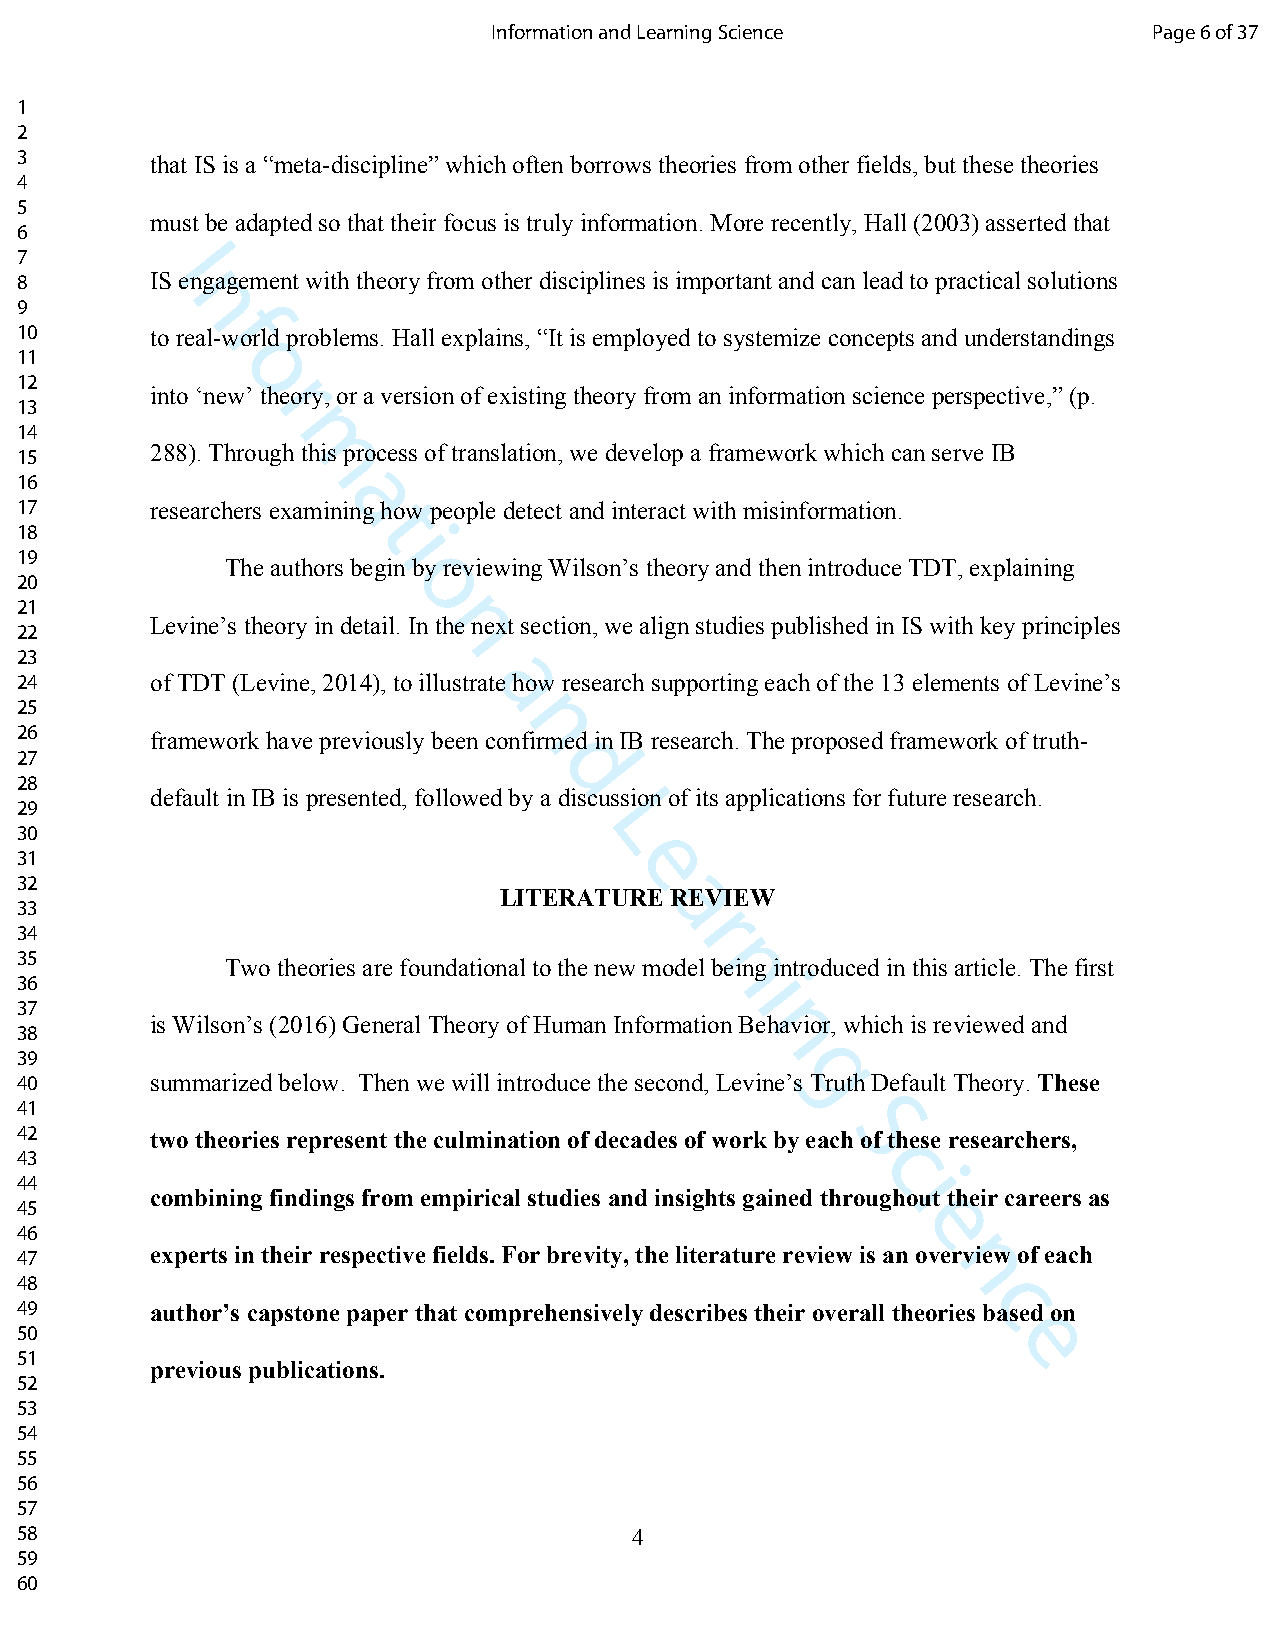
Information and Learning Science           Page 6 of 37
 1
 2
 3        that IS is a “meta-discipline” which often borrows theories from other fields, but these theories
 4
 5
 must be adapted so that their focus is truly information. More recently, Hall (2003) asserted that
 6
 7        I
 8        IS engagement with theory from other disciplines is important and can lead to practical solutions
 n
 9
 f
 10       to real-world problems. Hall explains, “It is employed to systemize concepts and understandings
 11
 o
 12
 into ‘new’ rtheory, or a version of existing theory from an information science perspective,” (p.
 13
 14
 15
 288). Througmh this process of translation, we develop a framework which can serve IB
 16
 a
 17       researchers examining how people detect and interact with misinformation.
 t
 18                      i
 19
 The authors begin by reviewing Wilson’s theory and then introduce TDT, explaining
 20                       o
 21
 Levine’s theory in detail. Inn the next section, we align studies published in IS with key principles
 22
 23
 24       of TDT (Levine, 2014), to illustraate how research supporting each of the 13 elements of Levine’s
 25
 n
 26       framework have previously been confirmed in IB research. The proposed framework of truth-
 27
 d
 28
 default in IB is presented, followed by a discussion of its applications for future research.
 29
 L
 30
 31                                      e
 32
 LITERATUREa REVIEW
 33
 r
 34
 35
 Two theories are foundational to the new modeln being introduced in this article. The first
 36                                              i
 37
 38
 is Wilson’s (2016) General Theory of Human Information Bnehavior, which is reviewed and
 39
 g
 40       summarized below. Then we will introduce the second, Levine’s T ruth Default Theory. These
 41
 42       two theories represent the culmination of decades of work by eacS h of these researchers,
 43                                                      c
 44                                                        i
 combining findings from empirical studies and insights gained throughout their careers as
 45
 e
 46
 47       experts in their respective fields. For brevity, the literature review is an ov nerview of each
 48
 c
 49       author’s capstone paper that comprehensively describes their overall theories based on
 50                                                               e
 51
 previous publications.
 52
 53
 54
 55
 56
 57
 58                                       4
 59
 60